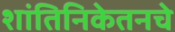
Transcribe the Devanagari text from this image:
शांतिनिकेतनचे